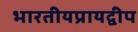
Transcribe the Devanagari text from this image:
भारतीयप्रायद्वीप